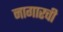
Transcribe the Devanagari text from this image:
नागारची